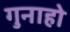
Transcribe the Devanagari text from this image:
गुनाहो